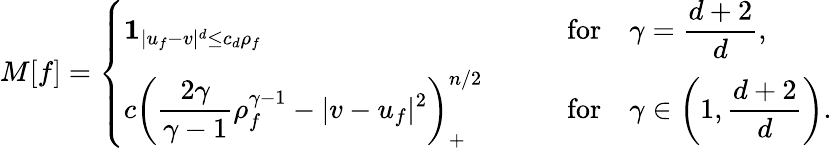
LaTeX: M[f]=\left\{ \begin{array}{ll}{\displaystyle\mathbf{1}_{|u_{f}-v|^{d}\le c_{d}\rho_{f}}\qquad}&{\mathrm{for}\quad\displaystyle\gamma=\frac{d+2}{d},}\\ {\displaystyle c\left(\frac{2\gamma}{\gamma-1}\rho_{f}^{\gamma-1}-|v-u_{f}|^{2}\right)_{+}^{n/2}\qquad}&{\mathrm{for}\quad\displaystyle\gamma\in\left(1,\frac{d+2}d\right).}\end{array}\right.